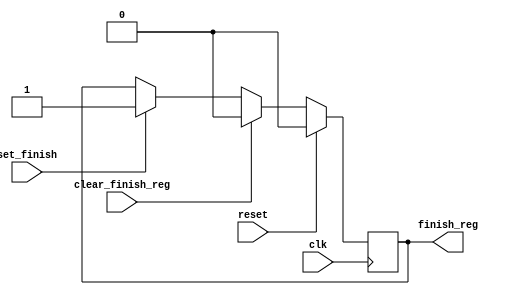

//capture finish from all processing unist
module finish_bit (
	input 		clk,
	input 		reset,

	input 		clear_finish_reg,
	input 		set_finish,
	output reg 	finish_reg
);

always@(posedge clk)
begin
	if(reset) begin
		finish_reg <= 0;
	end
	else if(clear_finish_reg) begin
		finish_reg <= 0;
	end
	else begin
		if(set_finish)
			finish_reg <= 1'b1;
		else
			finish_reg <= finish_reg|0; //avoid a latch!
	end
end
endmodule